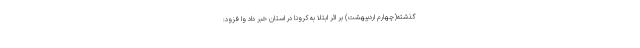
گذشته(چهارم اردیبهشت) بر اثر ابتلا به کرونا در استان خبر داد وا فزود: